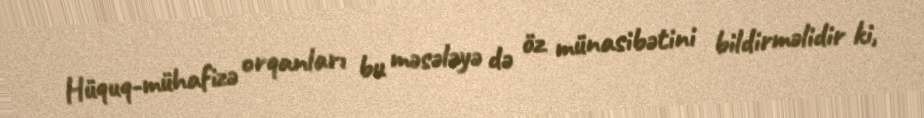
Hüquq-mühafizə orqanları bu məsələyə də öz münasibətini bildirməlidir ki,